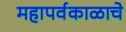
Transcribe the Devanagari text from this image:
महापर्वकाळाचे